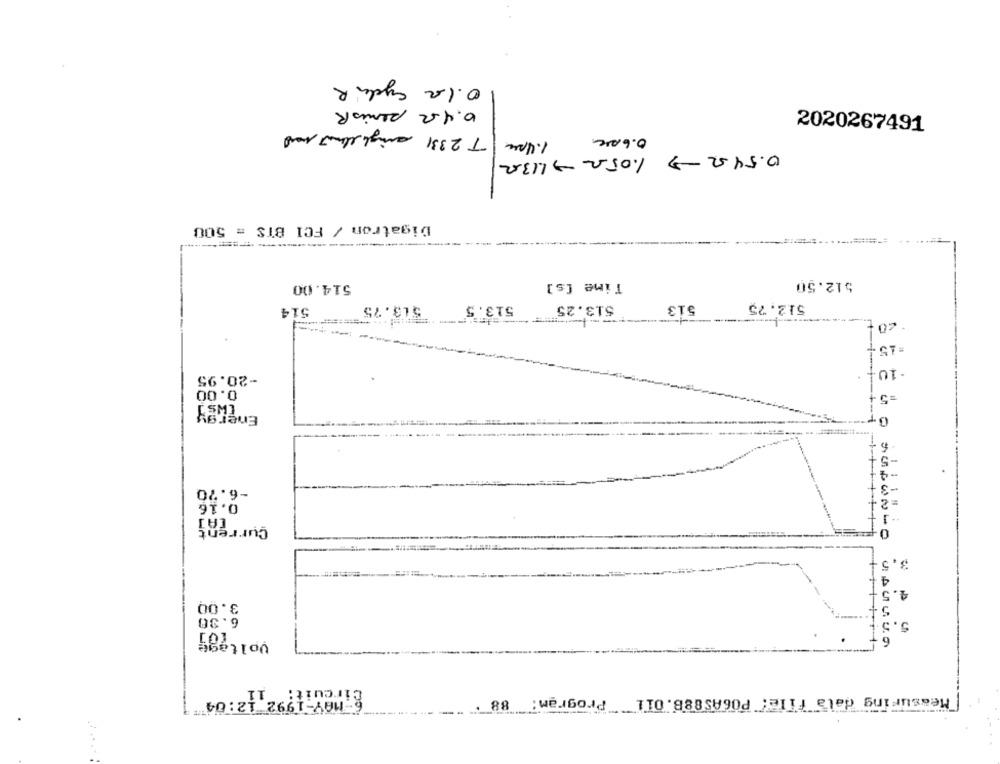
O.la cycle R
0.452 RemisR
1.4pm\T 2331 singh element med
0.6 0
2020267491
0.54.52- 1.05.2 1.1332
Digatron / FCI BTS = 500
---------
Time [s]
512.50
514.00
513.75
513.5
513
512,75
514
513.25"
-10
-20.95
0.00
=5
Energy
-6.70
0.16
=
1-++++
Current
3.5
2.
3.00
6.36
Voltage
2-MAY-1992 12:04
88
Measuring dala file: PO6AS888. 0IL Program: